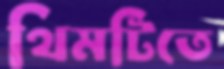
থিমটিতে